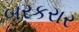
બરકરાર